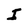
Character: I